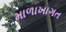
માળાખાગત